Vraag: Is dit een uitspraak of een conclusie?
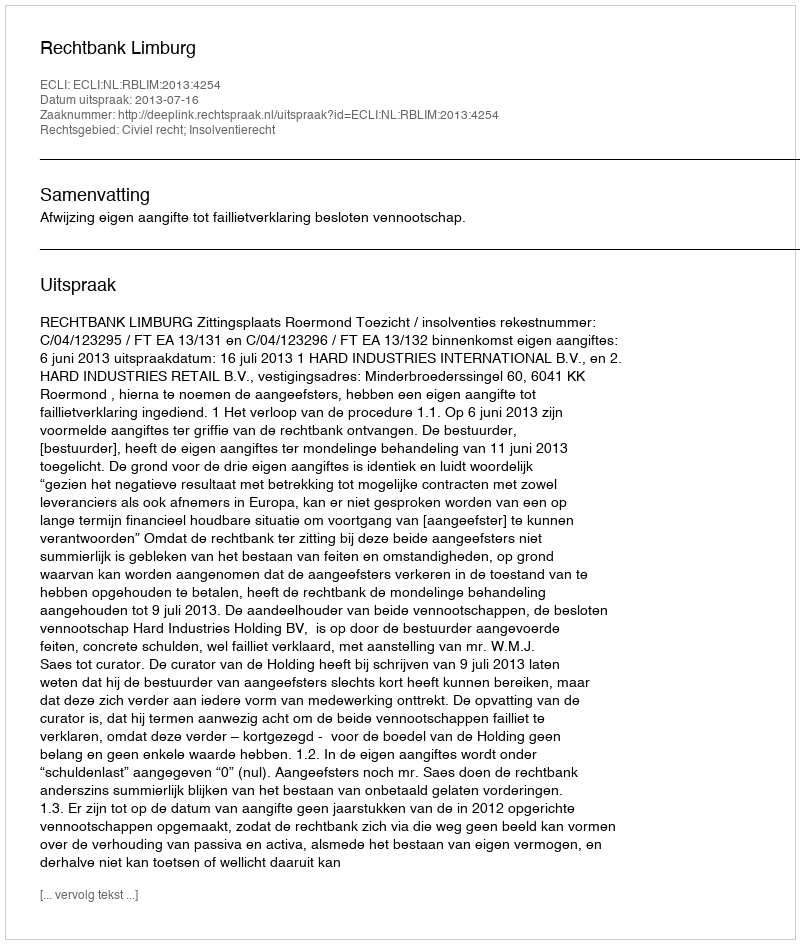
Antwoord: Uitspraak